Civil Veterinary Department ledger series I-VI
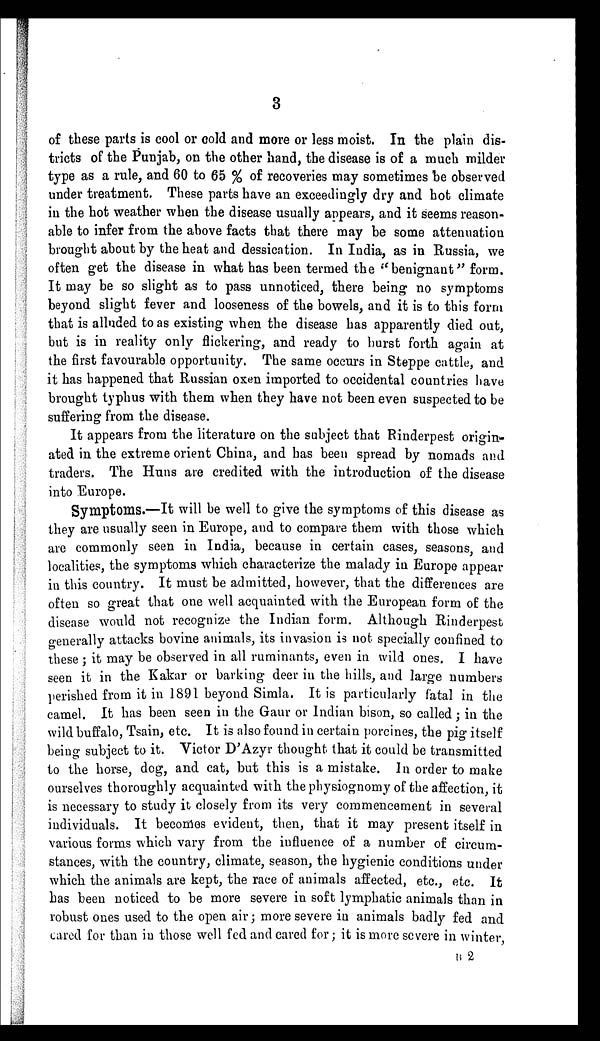
3
of these parts is cool or cold and more or less moist. In the plain dis-
tricts of the Punjab, on the other hand, the disease is of a much milder
type as a rule, and 60 to 65 % of recoveries may sometimes be observed
under treatment. These parts have an exceedingly dry and hot climate
in the hot weather when the disease usually appears, and it seems reason-
able to infer from the above facts that there may be some attenuation
brought about by the heat and dessication. In India, as in Russia, we
often get the disease in what has been termed the ''benignant" form.
It may be so slight as to pass unnoticed, there being no symptoms
beyond slight fever and looseness of the bowels, and it is to this form
that is alluded to as existing when the disease has apparently died out,
but is in reality only flickering, and ready to burst forth again at
the first favourable opportunity. The same occurs in Steppe cattle, and
it has happened that Russian oxen imported to occidental countries have
brought typhus with them when they have not been even suspected to be
suffering from the disease.
It appears from the literature on the subject that Rinderpest origin-
ated in the extreme orient China, and has been spread by nomads and
traders. The Huns are credited with the introduction of the disease
into Europe.
Symptoms.—It will be well to give the symptoms of this disease as
they are usually seen in Europe, and to compare them with those which
are commonly seen in India, because in certain cases, seasons, and
localities, the symptoms which characterize the malady in Europe appear
in this country. It must be admitted, however, that the differences are
often so great that one well acquainted with the European form of the
disease would not recognize the Indian form. Although Rinderpest
generally attacks bovine animals, its invasion is not specially confined to
these; it may be observed in all ruminants, even in wild ones. I have
seen it in the Kakar or barking deer in the hills, and large numbers
perished from it in 1891 beyond Simla. It is particularly fatal in the
camel. It has been seen in the Gaur or Indian bison, so called; in the
wild buffalo, Tsain, etc. It is also found in certain porcines, the pig itself
being subject to it. Victor D'Azyr thought that it could be transmitted
to the horse, dog, and cat, but this is a mistake. In order to make
ourselves thoroughly acquainted with the physiognomy of the affection, it
is necessary to study it closely from its very commencement in several
individuals. It becomes evident, then, that it may present itself in
various forms which vary from the influence of a number of circum-
stances, with the country, climate, season, the hygienic conditions under
which the animals are kept, the race of animals affected, etc., etc. It
has been noticed to be more severe in soft lymphatic animals than in
robust ones used to the open air; more severe in animals badly fed and
cared for than in those well fed and cared for; it is more severe in winter
B 2